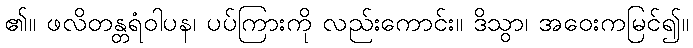
၏။ ဖလိတန္တရံဝါပန၊ ပပ်ကြားကို လည်းကောင်း။ ဒိသွာ၊ အဝေးကမြင်၍။